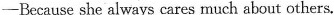
—Because she always cares much about others.